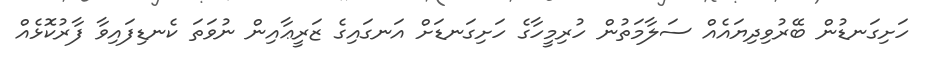
ހަށިގަނޑުން ބޭރުވިދިޔައެއް ސަލާމަތުން ހުރިމީހާގެ ހަށިގަނޑަށް އަނގައިގެ ޒަރީޢާއިން ނުވަތަ ކެނޑިފައިވާ ފާރުކޮޅެއް